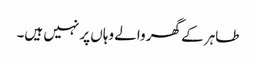
طاہر کے گھر والے وہاں پر نہیں ہیں۔